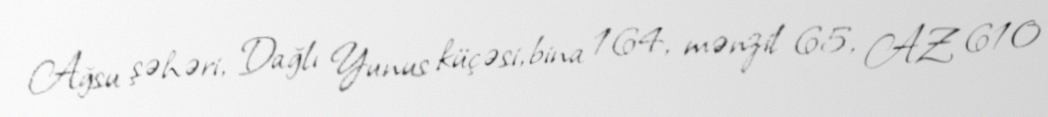
Ağsu şəhəri, Dağlı Yunus küçəsi, bina 164, mənzil 65, AZ 610